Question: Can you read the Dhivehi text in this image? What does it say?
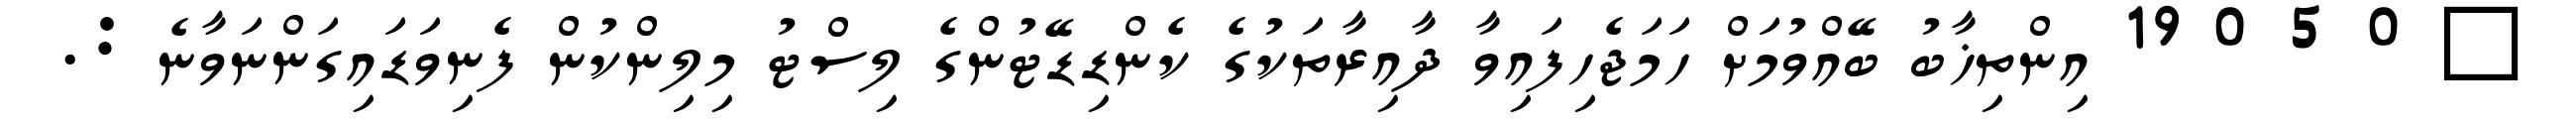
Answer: ? 0 5 0 19 އިންތިޚާބު ބޭއްވުމަށް ހަމަޖެހިފައިވާ ދާއިރާތަކުގެ ކެންޑިޑޭޓުންގެ ލިސްޓު މިލިންކުން ފެނިވަޑައިގަންނަވާނެ :.